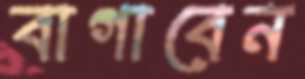
বাগাবেন